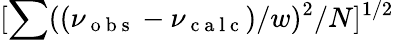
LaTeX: [\sum((\nu_{\mathrm{~o~b~s~}}-\nu_{\mathrm{~c~a~l~c~}})/w)^{2}/N]^{1/2}